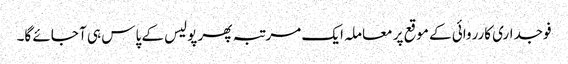
فوجداری کارروائی کے موقع پر معاملہ ایک مرتبہ پھر پولیس کے پاس ہی آ جائے گا۔